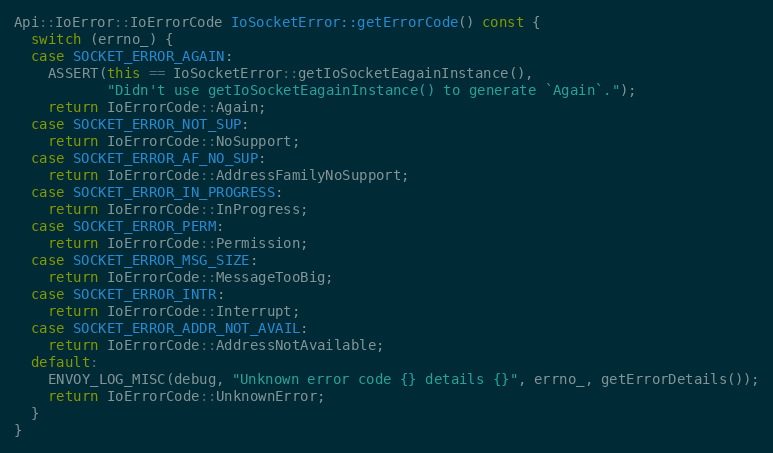
Language: C++
Api::IoError::IoErrorCode IoSocketError::getErrorCode() const {
  switch (errno_) {
  case SOCKET_ERROR_AGAIN:
    ASSERT(this == IoSocketError::getIoSocketEagainInstance(),
           "Didn't use getIoSocketEagainInstance() to generate `Again`.");
    return IoErrorCode::Again;
  case SOCKET_ERROR_NOT_SUP:
    return IoErrorCode::NoSupport;
  case SOCKET_ERROR_AF_NO_SUP:
    return IoErrorCode::AddressFamilyNoSupport;
  case SOCKET_ERROR_IN_PROGRESS:
    return IoErrorCode::InProgress;
  case SOCKET_ERROR_PERM:
    return IoErrorCode::Permission;
  case SOCKET_ERROR_MSG_SIZE:
    return IoErrorCode::MessageTooBig;
  case SOCKET_ERROR_INTR:
    return IoErrorCode::Interrupt;
  case SOCKET_ERROR_ADDR_NOT_AVAIL:
    return IoErrorCode::AddressNotAvailable;
  default:
    ENVOY_LOG_MISC(debug, "Unknown error code {} details {}", errno_, getErrorDetails());
    return IoErrorCode::UnknownError;
  }
}